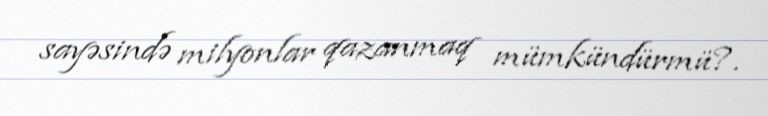
sayəsində milyonlar qazanmaq mümkündürmü?.